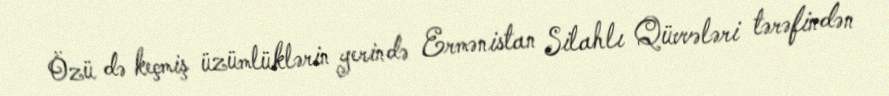
Özü də keçmiş üzümlüklərin yerində Ermənistan Silahlı Qüvvələri tərəfindən